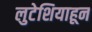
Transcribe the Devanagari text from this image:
लुटेशियाहून